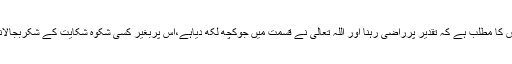
اس کا مطلب ہے کہ تقدیر پرراضی رہنا اور اللہ تعالیٰ نے قسمت میں جوکچھ لکھ دیاہے،اس پربغیر کسی شکوہ شکایت کے شکربجالانا۔